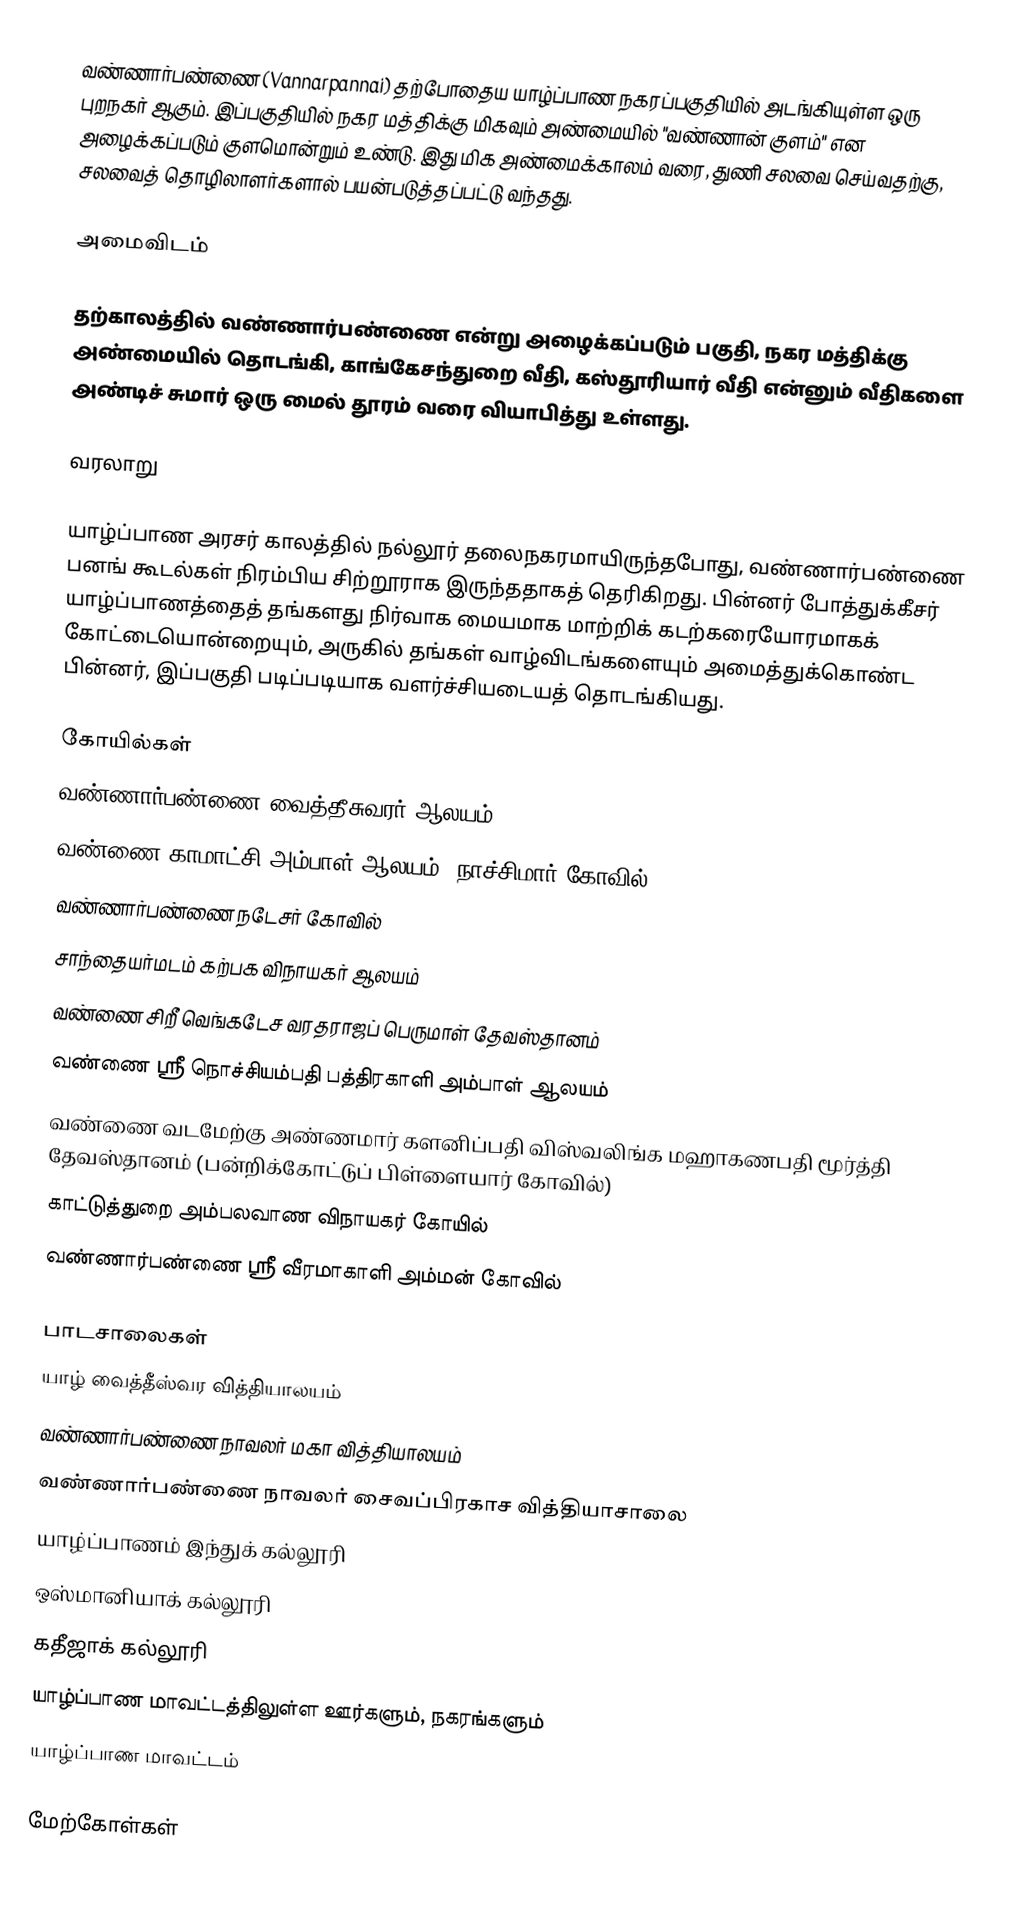
வண்ணார்பண்ணை (Vannarpannai) தற்போதைய யாழ்ப்பாண நகரப்பகுதியில் அடங்கியுள்ள ஒரு புறநகர் ஆகும். இப்பகுதியில் நகர மத்திக்கு மிகவும் அண்மையில் "வண்ணான் குளம்" என அழைக்கப்படும் குளமொன்றும் உண்டு. இது மிக அண்மைக்காலம் வரை, துணி சலவை செய்வதற்கு, சலவைத் தொழிலாளர்களால் பயன்படுத்தப்பட்டு வந்தது.

அமைவிடம்

தற்காலத்தில் வண்ணார்பண்ணை என்று அழைக்கப்படும் பகுதி, நகர மத்திக்கு அண்மையில் தொடங்கி, காங்கேசந்துறை வீதி, கஸ்தூரியார் வீதி என்னும் வீதிகளை அண்டிச் சுமார் ஒரு மைல் தூரம் வரை வியாபித்து உள்ளது.

வரலாறு

யாழ்ப்பாண அரசர் காலத்தில் நல்லூர் தலைநகரமாயிருந்தபோது, வண்ணார்பண்ணை பனங் கூடல்கள் நிரம்பிய சிற்றூராக இருந்ததாகத் தெரிகிறது. பின்னர் போத்துக்கீசர் யாழ்ப்பாணத்தைத் தங்களது நிர்வாக மையமாக மாற்றிக் கடற்கரையோரமாகக் கோட்டையொன்றையும், அருகில் தங்கள் வாழ்விடங்களையும் அமைத்துக்கொண்ட பின்னர், இப்பகுதி படிப்படியாக வளர்ச்சியடையத் தொடங்கியது.

கோயில்கள்
வண்ணார்பண்ணை வைத்தீசுவரர் ஆலயம்
வண்ணை காமாட்சி அம்பாள் ஆலயம் (நாச்சிமார் கோவில்)
வண்ணார்பண்ணை நடேசர் கோவில்
சாந்தையர்மடம் கற்பக விநாயகர் ஆலயம்
வண்ணை சிறீ வெங்கடேச வரதராஜப் பெருமாள் தேவஸ்தானம்
 வண்ணை ஸ்ரீ நொச்சியம்பதி பத்திரகாளி அம்பாள் ஆலயம்
 வண்ணை வடமேற்கு அண்ணமார் களனிப்பதி விஸ்வலிங்க மஹாகணபதி மூர்த்தி தேவஸ்தானம் (பன்றிக்கோட்டுப் பிள்ளையார் கோவில்)
 காட்டுத்துறை அம்பலவாண விநாயகர் கோயில்
  வண்ணார்பண்ணை ஸ்ரீ வீரமாகாளி அம்மன் கோவில்

பாடசாலைகள்
யாழ் வைத்தீஸ்வர வித்தியாலயம்
வண்ணார்பண்ணை நாவலர் மகா வித்தியாலயம்
வண்ணார்பண்ணை நாவலர் சைவப்பிரகாச வித்தியாசாலை
யாழ்ப்பாணம் இந்துக் கல்லூரி
ஒஸ்மானியாக் கல்லூரி
கதீஜாக் கல்லூரி
யாழ்ப்பாண மாவட்டத்திலுள்ள ஊர்களும், நகரங்களும்
யாழ்ப்பாண மாவட்டம்

மேற்கோள்கள்